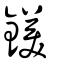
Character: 鎂